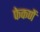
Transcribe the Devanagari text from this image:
फेकणें